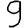
Digit: 9